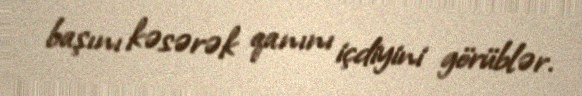
başını kəsərək qanını içdiyini görüblər.